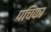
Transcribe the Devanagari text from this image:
पचिका